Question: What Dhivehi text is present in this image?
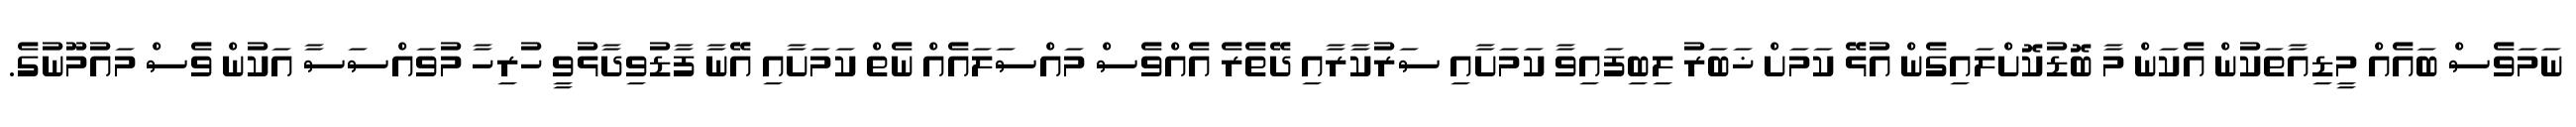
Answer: ނަމަވެސް ބައެއް މީޑިއާތަކުން އެކަން މާ ބޮޑުކޮށްލައިގެން އުޅޭ ކަމަށް ޚަބަރު ލިބިފައިވާ ކަމަށާއި ސަރުކާރާއި ދޭތެރެ އެއްވެސް މައްސަލައެއް ނެތް ކަމަށާއި އޭނާ ފާޑުވިދާޅުވީ ހުރިހާ މުވައްސަސާ އަކުން ވެސް މައުމޫނުގެ.